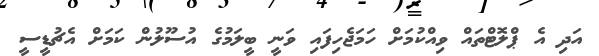
އަދި އެ ޕްލޮޓްތައް ވިއްކުމަށް ހަމަޖެހިފައި ވަނީ ބީލަމުގެ އުސޫލުން ކަމަށް އެޗުޑީސީ